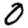
Digit: 0